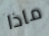
ماذا